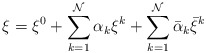
\begin{align*}\xi = \xi^{0} + \sum_{k=1}^{\cal N} \alpha_k \xi^{k}+\sum_{k=1}^{\cal N} \bar \alpha_k \bar \xi^{k}\end{align*}